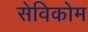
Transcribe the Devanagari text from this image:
सेविकोम